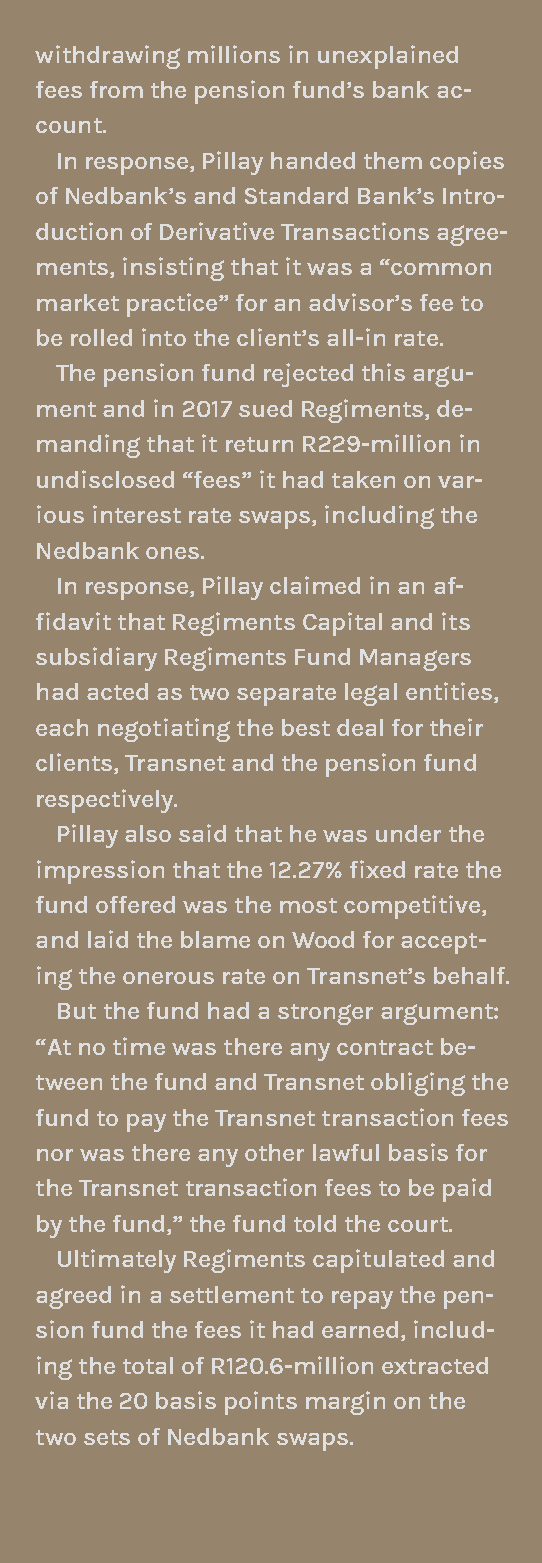
withdrawing millions in unexplained
 fees from the pension fund’s bank ac-
 count.
 in response, pillay handed them copies
 of Nedbank’s and standard Bank’s intro-
 duction of Derivative Transactions agree-
 ments, insisting that it was a “common
 market practice” for an advisor’s fee to
 be rolled into the client’s all-in rate.
 The pension fund rejected this argu-
 ment and in 2017 sued regiments, de-
 manding that it return r229-million in
 undisclosed “fees” it had taken on var-
 ious interest rate swaps, including the
 Nedbank ones.
 in response, pillay claimed in an af-
 fidavit that Regiments Capital and its
 subsidiary regiments Fund managers
 had acted as two separate legal entities,
 each negotiating the best deal for their
 clients, Transnet and the pension fund
 respectively.
 pillay also said that he was under the
 impression that the 12.27% fixed rate the
 fund offered was the most competitive,
 and laid the blame on Wood for accept-
 ing the onerous rate on Transnet’s behalf.
 But the fund had a stronger argument:
 “At no time was there any contract be-
 tween the fund and Transnet obliging the
 fund to pay the Transnet transaction fees
 nor was there any other lawful basis for
 the Transnet transaction fees to be paid
 by the fund,” the fund told the court.
 Ultimately regiments capitulated and
 agreed in a settlement to repay the pen-
 sion fund the fees it had earned, includ-
 ing the total of r120.6-million extracted
 via the 20 basis points margin on the
 two sets of Nedbank swaps.